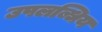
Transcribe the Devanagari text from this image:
उपलब्धिय